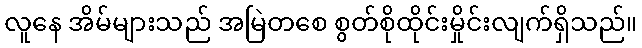
လူနေ အိမ်များသည် အမြဲတစေ စွတ်စိုထိုင်းမှိုင်းလျက်ရှိသည်။